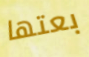
بعتها